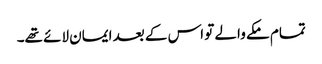
تمام مکے والے تو اس کے بعد ایمان لائے تھے۔